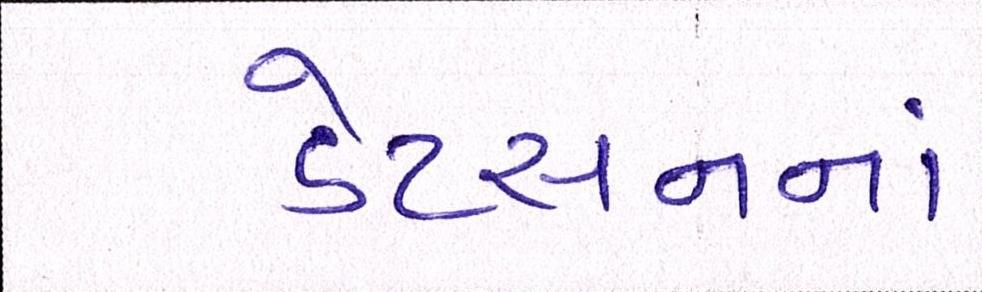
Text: ડેટસનનાં